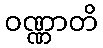
ဝဏ္ဏာတိ